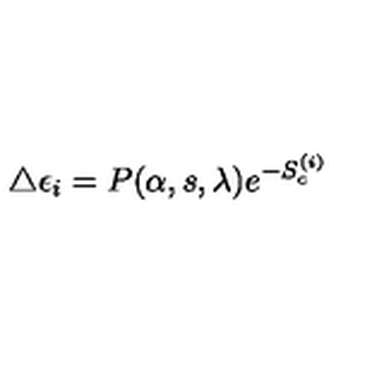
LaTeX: \triangle \epsilon _ { i } = P ( \alpha , s , \lambda ) e ^ { - S _ { c } ^ { ( i ) } }